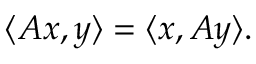
\langle A x , y \rangle = \langle x , A y \rangle .